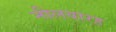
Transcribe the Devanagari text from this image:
नीलवारह